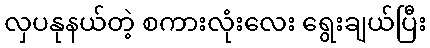
လှပနုနယ်တဲ့ စကားလုံးလေး ရွေးချယ်ပြီး